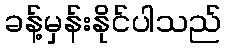
ခန့်မှန်းနိုင်ပါသည်